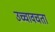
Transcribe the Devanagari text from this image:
उच्चावचता